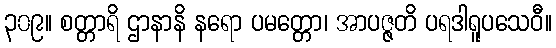
၃၀၉။ စတ္တာရိ ဌာနာနိ နရော ပမတ္တော၊ အာပဇ္ဇတိ ပရဒါရူပသေဝီ။